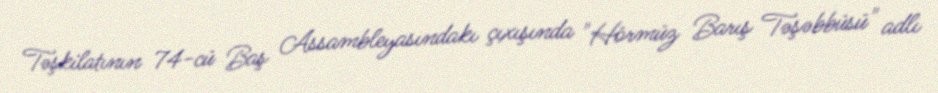
Təşkilatının 74-cü Baş Assambleyasındakı çıxışında "Hörmüz Barış Təşəbbüsü" adlı